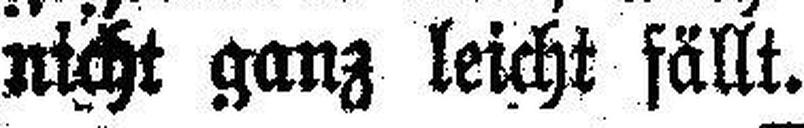
nicht ganz leicht fällt.